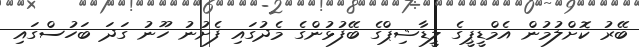
ބޭރު ކޮށްލުމުން އެމްޑީޕީގެ ލީޑާޝިޕްގެ ބޭފުޅުންގެ މެދުގައި ފެށުނު ހޫނު ގަދަ ބަހުސްގައިި